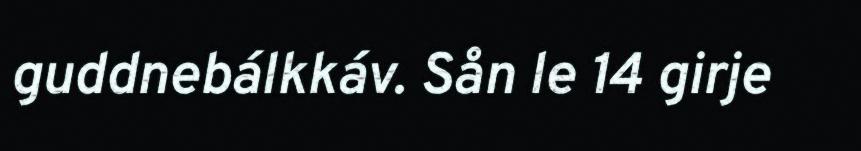
guddnebálkkáv. Sån le 14 girje